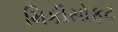
મિકીસોફટ